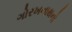
ગોરખનાથનો